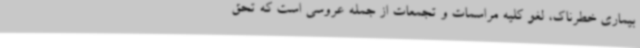
بیماری خطرناک، لغو کلیه مراسمات و تجمعات از جمله عروسی است که تحق